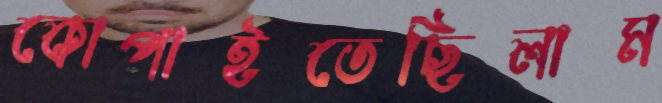
কোপাইতেছিলাম